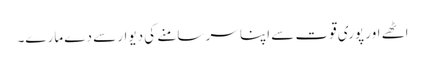
اٹھے اور پوری قوت سے اپنا سر سامنے کی دیوار سے دے مارے۔